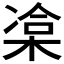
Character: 𣓫